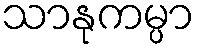
သာနုကမ္ပာ